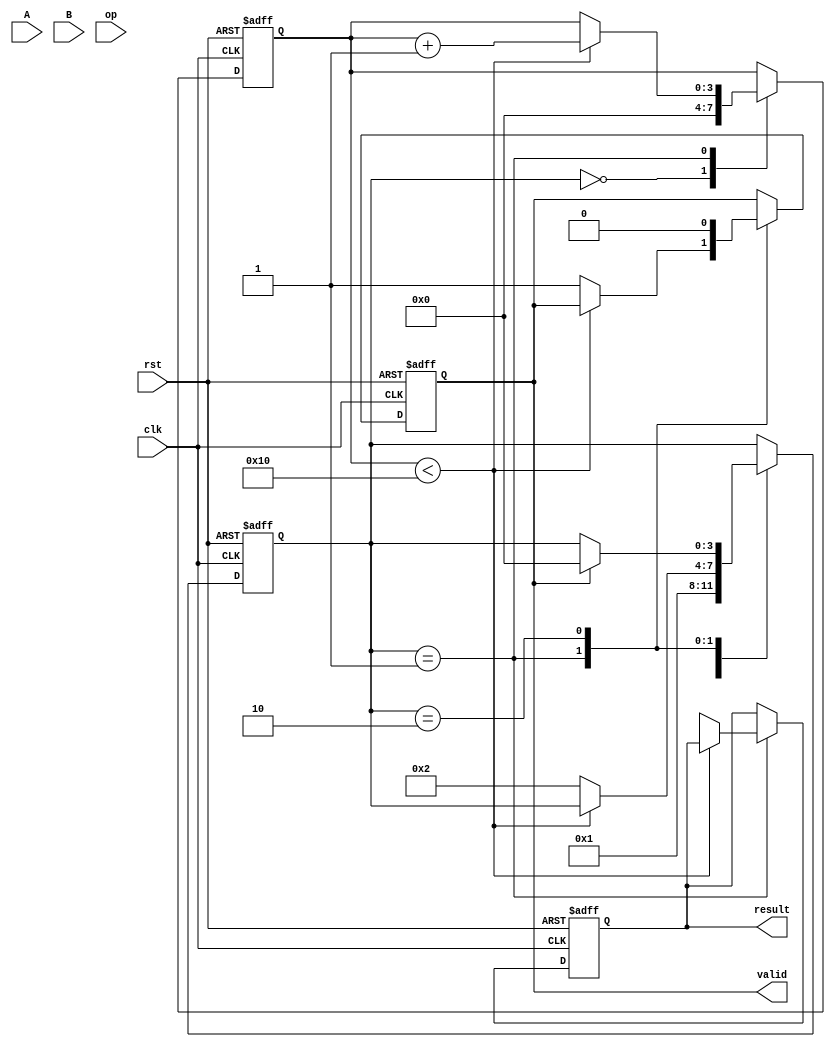
module cordic_fp (
    input wire clk,
    input wire rst,
    input wire [31:0] A, // Input operand A (IEEE 754 single precision)
    input wire [31:0] B, // Input operand B (IEEE 754 single precision)
    input wire [2:0] op, // Operation control signal
    output reg [31:0] result, // Output result (IEEE 754 single precision)
    output reg valid // Output valid signal
);

    // Constants
    parameter NUM_ITERATIONS = 16;
    reg signed [31:0] x[0:NUM_ITERATIONS-1];
    reg signed [31:0] y[0:NUM_ITERATIONS-1];
    reg signed [31:0] z[0:NUM_ITERATIONS-1];
    reg signed [31:0] angle_table[0:NUM_ITERATIONS-1];

    // Initialize angle table (in radians, scaled)
    initial begin
        angle_table[0] = 32'h00000000; // 0
        angle_table[1] = 32'h3F19999A; // pi/4
        angle_table[2] = 32'h3E4CCCCD; // pi/8
        angle_table[3] = 32'h3E1C71C7; // pi/16
        // ... Fill in the rest of the angle table
    end

    // State machine for control
    reg [3:0] state;
    reg [3:0] iteration;

    // Normalization and unpacking of floating-point numbers
    // (This is a simplified version; actual implementation may vary)
    function [31:0] normalize(input [31:0] num);
        // Normalize the floating-point number
        // Extract sign, exponent, and mantissa
        // Handle special cases (zero, infinity, NaN)
        // Return normalized value
    endfunction

    // CORDIC iteration
    always @(posedge clk or posedge rst) begin
        if (rst) begin
            state <= 0;
            iteration <= 0;
            valid <= 0;
            result <= 32'b0;
        end else begin
            case (state)
                0: begin
                    // Initialization
                    x[0] <= normalize(A);
                    y[0] <= 0; // For sine/cosine, y starts at 0
                    z[0] <= normalize(B); // Angle input
                    iteration <= 0;
                    state <= 1;
                end
                1: begin
                    // CORDIC iterations
                    if (iteration < NUM_ITERATIONS) begin
                        // Determine direction
                        if (z[iteration] < 0) begin
                            x[iteration + 1] <= x[iteration] + (y[iteration] >> iteration);
                            y[iteration + 1] <= y[iteration] - (x[iteration] >> iteration);
                            z[iteration + 1] <= z[iteration] + angle_table[iteration];
                        end else begin
                            x[iteration + 1] <= x[iteration] - (y[iteration] >> iteration);
                            y[iteration + 1] <= y[iteration] + (x[iteration] >> iteration);
                            z[iteration + 1] <= z[iteration] - angle_table[iteration];
                        end
                        iteration <= iteration + 1;
                    end else begin
                        // Final result
                        result <= {1'b0, x[NUM_ITERATIONS]}; // Assuming result is in x
                        valid <= 1;
                        state <= 2; // Move to output state
                    end
                end
                2: begin
                    // Wait for output to be read
                    if (valid) begin
                        // Reset for next operation
                        valid <= 0;
                        state <= 0;
                    end
                end
            endcase
        end
    end
endmodule